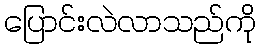
ပြောင်းလဲလာသည်ကို